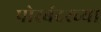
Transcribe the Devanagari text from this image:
पोरबंदरच्या